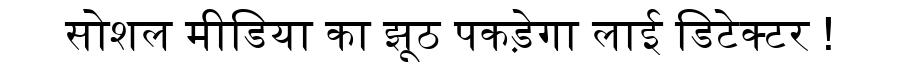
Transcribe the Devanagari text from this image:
सोशल मीडिया का झूठ पकड़ेगा लाई डिटेक्टर !